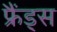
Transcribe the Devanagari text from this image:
फ्रैंड्स